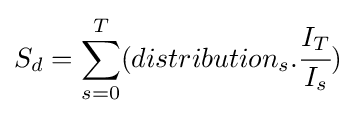
S_{d}=\sum _{s=0}^{T}(distribution_{s}.{\cfrac {I_{T}}{I_{s}}})